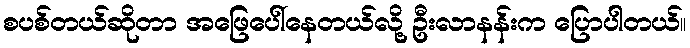
စပစ်တယ်ဆိုတာ အဖြေပေါ်နေတယ်လို့ ဦးလာနန်းက ပြောပါတယ်။